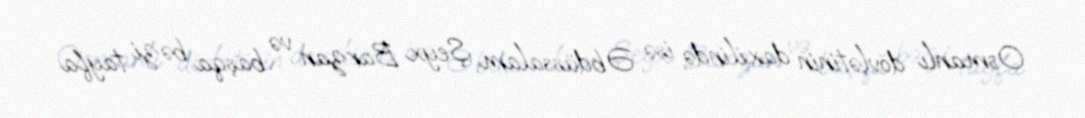
Osmanlı dövlətinin daxilində isə Əbdüssalam Şeyx Barzan və başqa bəzi tayfa